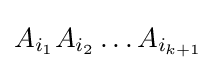
A_{i_{1}}A_{i_{2}}\ldots A_{i_{k+1}}